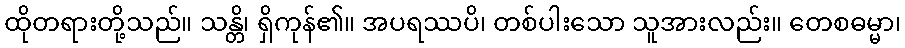
ထိုတရားတို့သည်။ သန္တိ၊ ရှိကုန်၏။ အပရဿပိ၊ တစ်ပါးသော သူအားလည်း။ တေစဓမ္မာ၊